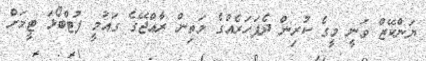
ޔަންކޭޒް ވަނީ މީގެ ކުރިން ދެފަހަރެއްގެ މަތިން ރާއްޖޭގެ ގައުމީ ފުޓްބޯޅަ ޓީމަށް